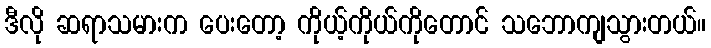
ဒီလို ဆရာသမားက ပေးတော့ ကိုယ့်ကိုယ်ကိုတောင် သဘောကျသွားတယ်။